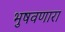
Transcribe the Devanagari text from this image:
भुषवणारा